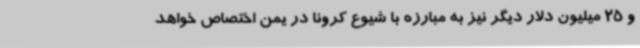
و 25 میلیون دلار دیگر نیز به مبارزه با شیوع کرونا در یمن اختصاص خواهد